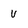
Character: v